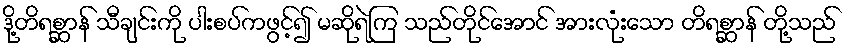
ဒို့တိရစ္ဆာန် သီချင်းကို ပါးစပ်ကဖွင့်၍ မဆိုရဲကြ သည်တိုင်အောင် အားလုံးသော တိရစ္ဆာန် တို့သည်